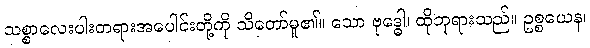
သစ္စာလေးပါးတရားအပေါင်းတို့ကို သိတော်မူ၏။ သော ဗုဒ္ဓေါ၊ ထိုဘုရားသည်။ ဥစ္စယေန၊